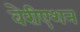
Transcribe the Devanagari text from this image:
वेरीएशन